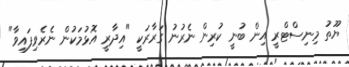
ޔޫތު މިނިސްޓްރީ އިން ބުނީ ކުރިން ނެރުނު ގަރާރަކީ "އިދާރީ އޮޅުމަކުން ނެރެވިފައިވާ"